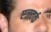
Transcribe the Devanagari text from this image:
एजवर्क